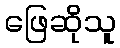
ဖြေဆိုသူ